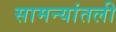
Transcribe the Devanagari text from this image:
सामन्यांतली